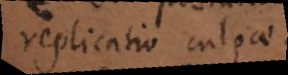
replicatio culpae.